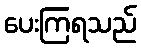
ပေးကြရသည်